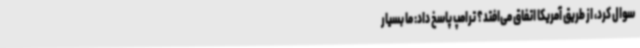
سوال کرد، از طریق آمریکا اتفاق می‌افتد؟‌ ترامپ پاسخ داد: ما بسیار